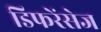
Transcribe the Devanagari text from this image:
डिफरेंसेज